Report of the Imperial Institute of Veterinary Research, Muktesar
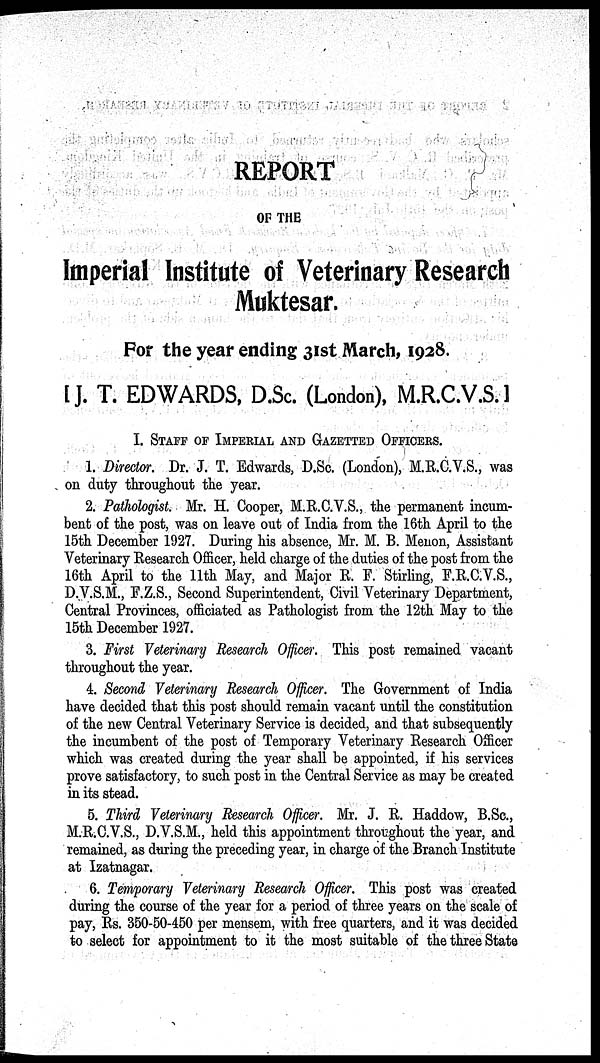
REPORT
OF THE
Imperial Institute of Veterinary Research
Muktesar.
For the year ending 31st March, 1928.
[ J. T. EDWARDS, D.Sc. (London), M.R.C.V.S. ]
I. STAFF OF IMPERIAL AND GAZETTED OFFICERS.
1. Director. Dr. J. T. Edwards, D.Sc. (London), M.R.C.V.S., was
on duty throughout the year.
2. Pathologist. Mr. H. Cooper, M.R.C.V.S., the permanent incum-
bent of the post, was on leave out of India from the 16th April to the
15th December 1927. During his absence, Mr. M. B. Menon, Assistant
Veterinary Research Officer, held charge of the duties of the post from the
16th April to the 11th May, and Major R. F. Stirling, F.R.C.V.S.,
D.V.S.M., F.Z.S., Second Superintendent, Civil Veterinary Department,
Central Provinces, officiated as Pathologist from the 12th May to the
15th December 1927.
3. First Veterinary Research Officer. This post remained vacant
throughout the year.
4. Second Veterinary Research Officer. The Government of India
have decided that this post should remain vacant until the constitution
of the new Central Veterinary Service is decided, and that subsequently
the incumbent of the post of Temporary Veterinary Research Officer
which was created during the year shall be appointed, if his services
prove satisfactory, to such post in the Central Service as may be created
in its stead.
5. Third Veterinary Research Officer. Mr. J. R. Haddow, B.Sc.,
M.R.C.V.S., D.V.S.M., held this appointment throughout the year, and
remained, as during the preceding year, in charge of the Branch Institute
at Izatnagar.
6. Temporary Veterinary Research Officer. This post was created
during the course of the year for a period of three years on the scale of
pay, Rs. 350-50-450 per mensem, with free quarters, and it was decided
to select for appointment to it the most suitable of the three State